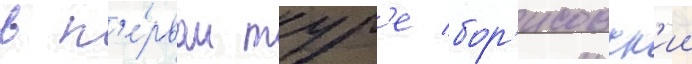
в п'е́рвом тур'е бор'исовск'ии